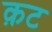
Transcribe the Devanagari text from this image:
क़ट